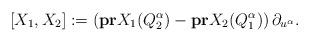
LaTeX: \begin{align*}[X_1,X_2]:=\left(\bold{pr}X_1(Q_2^{\alpha})-\bold{pr}X_2(Q_1^{\alpha})\right)\partial_{u^{\alpha}}.\end{align*}